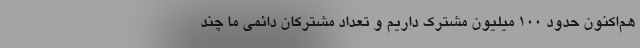
هم‌اکنون حدود ١٠٠ میلیون مشترک داریم و تعداد مشترکان دائمی ما چند